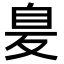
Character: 𦤁